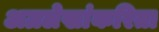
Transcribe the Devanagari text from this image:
अग्रलेखांकरिता